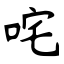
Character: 咤